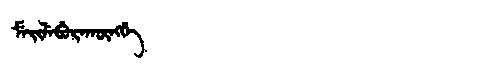
Manchu: ᠮᡝᡳᠯᡝᠪᡠᡵᠠᡴᡡᠩᡤᡝ
Romanization: MEILEBURAKŪNGGE